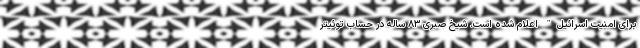
برای امنیت اسرائیل" اعلام شده است. شیخ صبری ۸۳ ساله در حساب توئیتر